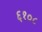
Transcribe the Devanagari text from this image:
६१०८